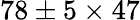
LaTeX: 78\pm 5\times 47